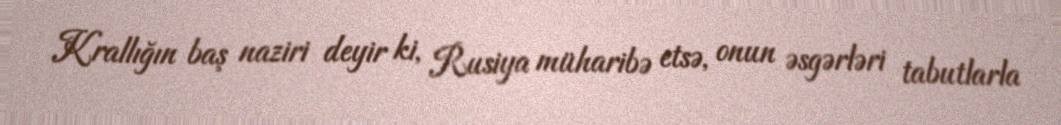
Krallığın baş naziri deyir ki, Rusiya müharibə etsə, onun əsgərləri tabutlarla